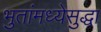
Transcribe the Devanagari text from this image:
भुतांमध्येसुद्धा